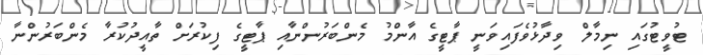
ޓުވީޓުގައި ނިމާލް ވިދާޅުވެފައިވަނީ ޕާޓީގެ އާންމު މެންބަރުންނާއި ޕާޓީގެ ފިކުރަށް ތާއީދުކުރާ މެންބަރުންނާ